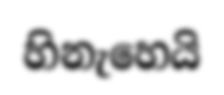
හිනැහෙයි